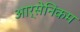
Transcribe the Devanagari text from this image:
आर्सेनिकम